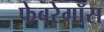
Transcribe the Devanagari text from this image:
फेबरेगॉस